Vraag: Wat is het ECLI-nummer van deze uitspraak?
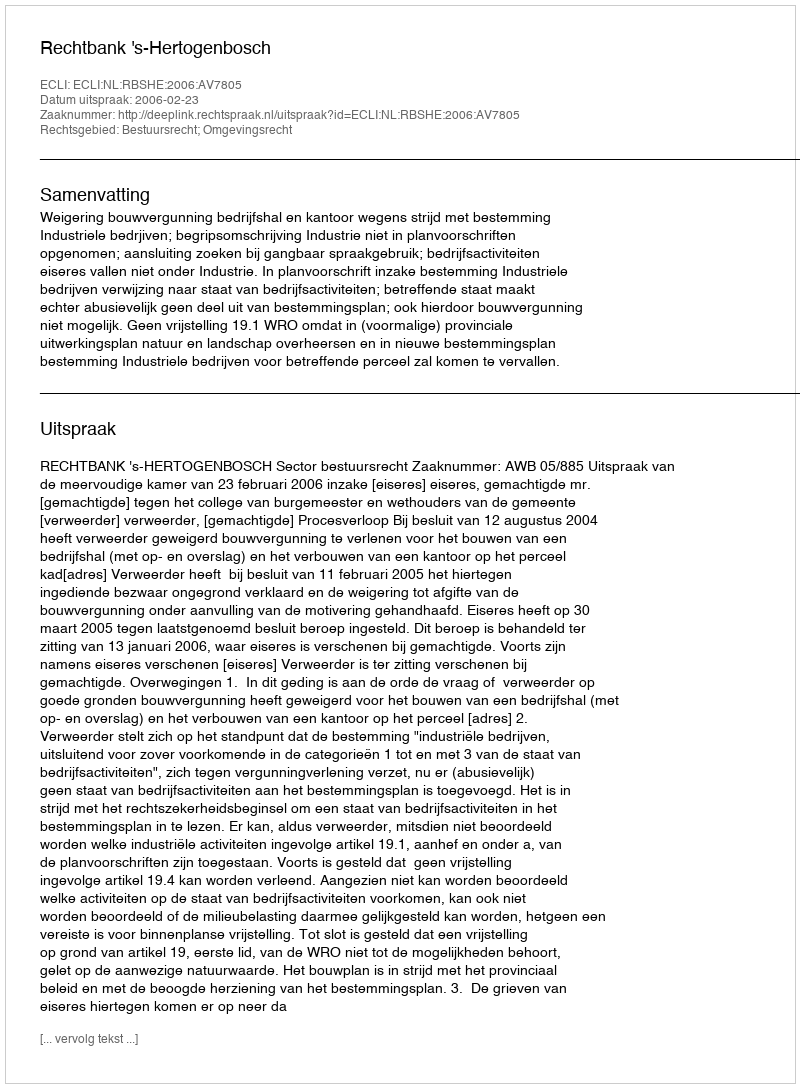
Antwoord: ECLI:NL:RBSHE:2006:AV7805